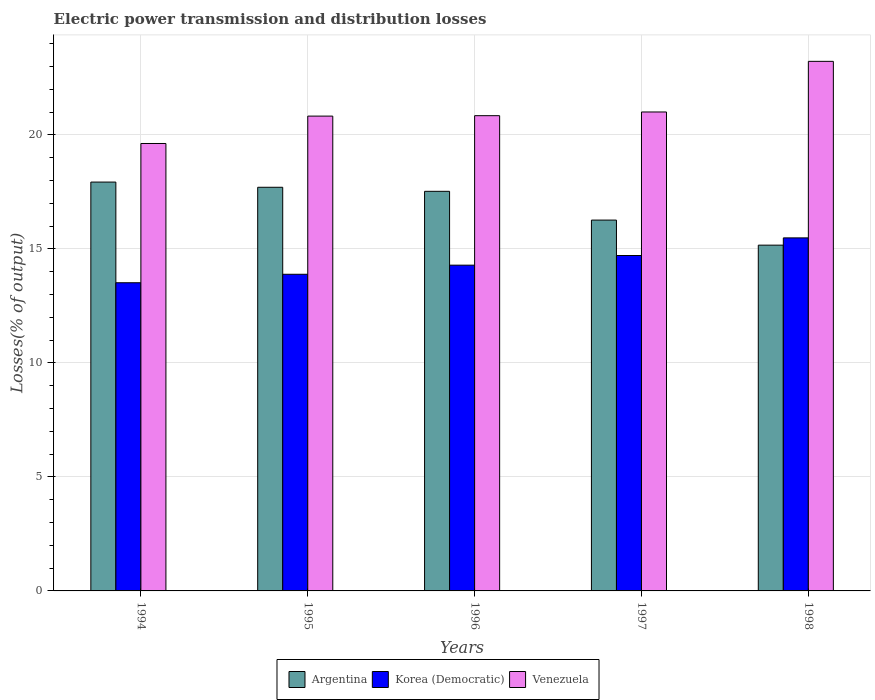
| Years | Argentina | Korea (Democratic) | Venezuela |
 | --- | --- | --- | --- |
 | 1994 | 17.9 | 13.5 | 19.6 |
 | 1995 | 17.7 | 13.9 | 20.8 |
 | 1996 | 17.5 | 14.3 | 20.8 |
 | 1997 | 16.3 | 14.7 | 21 |
 | 1998 | 15.2 | 15.5 | 23.2 |